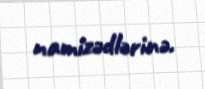
namizədlərinə.